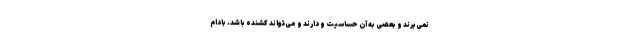
نمی‌برند و بعضی به آن حساسیت و دارند و می‌تواند کشنده باشد. بادام